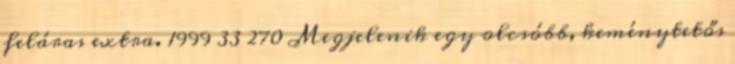
feláras extra. 1999 33 270 Megjelenik egy olcsóbb, keménytetős